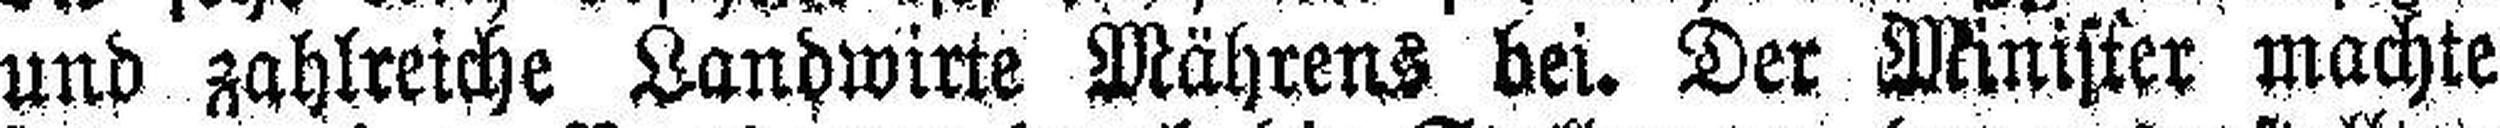
und zahlreiche Landwitte Mährens bei. Der Minister machte